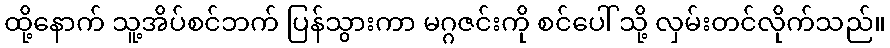
ထို့နောက် သူ့အိပ်စင်ဘက် ပြန်သွားကာ မဂ္ဂဇင်းကို စင်ပေါ် သို့ လှမ်းတင်လိုက်သည်။